Madras plague regulations and rules for the inspection of inward and outward bound vessels - Volume 2
Disease focus: Plague
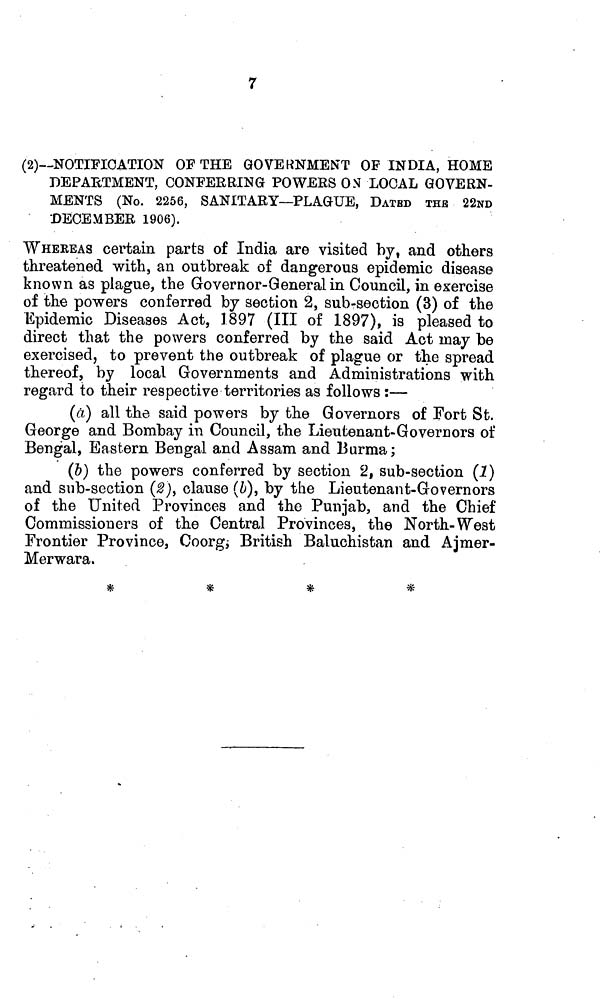
7
(2)—NOTIFICATION OF THE GOVERNMENT OF INDIA, HOME
DEPARTMENT, CONFERRING POWERS ON LOCAL GOVERN-
MENTS (No. 2256, SANITARY—PLAGUE, DATED THE 22ND
DECEMBER 1906).
WHEREAS certain parts of India are visited by, and others
threatened with, an outbreak of dangerous epidemic disease
known as plague, the Governor-General in Council, in exercise
of the powers conferred by section 2, sub-section (3) of the
Epidemic Diseases Act, 1897 (III of 1897), is pleased to
direct that the powers conferred by the said Act may be
exercised, to prevent the outbreak of plague or the spread
thereof, by local Governments and Administrations with
regard to their respective territories as follows :—
(a) all the said powers by the Governors of Fort St.
George and Bombay in Council, the Lieutenant-Governors of
Bengal, Eastern Bengal and Assam and Burma;
(5) the powers conferred by section 2, sub-section (1)
and sub-section (2), clause (b), by the Lieutenant-Governors
of the United Provinces and the Punjab, and the Chief
Commissioners of the Central Provinces, the North-West
Frontier Province, Coorg; British Baluchistan and Ajmer-
Merwara.
#
#
#
#